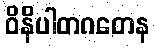
ဝိနိပါတဂတေန